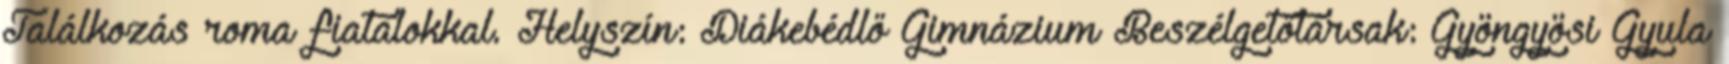
Találkozás roma fiatalokkal. Helyszín: Diákebédlő Gimnázium Beszélgetőtársak: Gyöngyösi Gyula